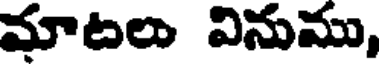
మాటలు వినుము,